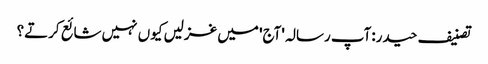
تصنیف حیدر:آپ رسالہ 'آج' میں غزلیں کیوں نہیں شائع کرتے؟